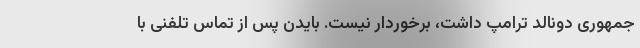
جمهوری دونالد ترامپ داشت، برخوردار نیست. بایدن پس از تماس تلفنی با